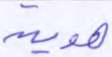
هوية